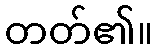
တတ်၏။